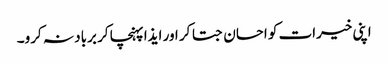
اپنی خیرات کو احسان جتا کر اور ایذا پہنچا کر برباد نہ کرو۔